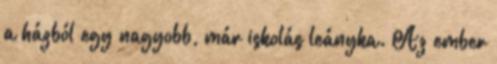
a házból egy nagyobb, már iskolás leányka. Az ember